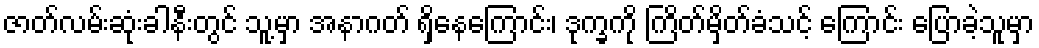
ဇာတ်လမ်းဆုံးခါနီးတွင် သူ့မှာ အနာဂတ် ရှိနေကြောင်း၊ ဒုက္ခကို ကြိတ်မှိတ်ခံသင့် ကြောင်း ပြောခဲ့သူမှာ